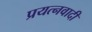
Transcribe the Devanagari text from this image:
प्रयत्नवादी